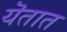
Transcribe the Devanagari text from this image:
यॆतात